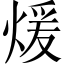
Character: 煖